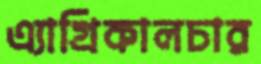
এ্যাগ্রিকালচার